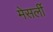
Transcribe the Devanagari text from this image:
मेसर्ली